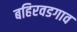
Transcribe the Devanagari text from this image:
बहिरवडगाव